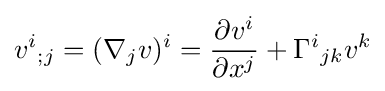
v^{i}{}_{;j}=(\nabla _{j}v)^{i}={\frac {\partial v^{i}}{\partial x^{j}}}+\Gamma ^{i}{}_{jk}v^{k}